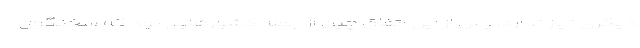
دیگری نیاز ندارد. پس از این اتفاق چین از جمله کشورهایی بود که سخنگوی